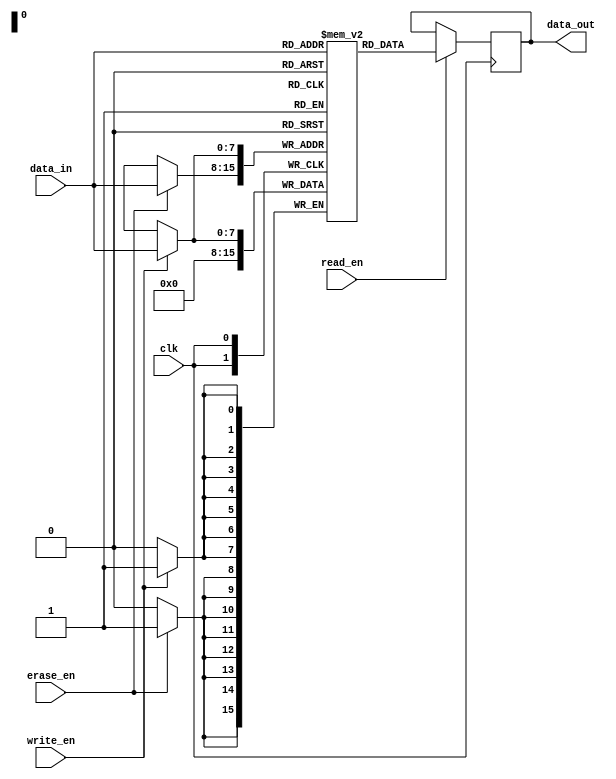
module eeprom_memory (
    input wire clk,
    input wire write_en,
    input wire read_en,
    input wire erase_en,
    input wire [7:0] data_in,
    output reg [7:0] data_out
);

reg [7:0] memory [0:255];

always @(posedge clk) begin
    if(write_en) begin
        memory[data_in] <= data_in;
    end
    
    if(read_en) begin
        data_out <= memory[data_in];
    end
    
    if(erase_en) begin
        memory[data_in] <= 8'b00000000;
    end
end

endmodule